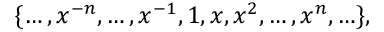
\{ \ldots , x ^ { - n } , \ldots , x ^ { - 1 } , 1 , x , x ^ { 2 } , \ldots , x ^ { n } , \ldots \} ,